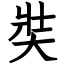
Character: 奘